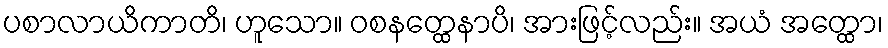
ပစာလာယိကာတိ၊ ဟူသော။ ဝစနတ္ထေနာပိ၊ အားဖြင့်လည်း။ အယံ အတ္ထော၊